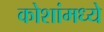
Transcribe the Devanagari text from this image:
कोशांमध्ये